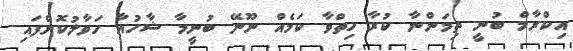
އިކްރާމް ބުނީ ތިމަންނާ ކުރާ ހިތްވާ ކަމެއް ނޫނޭ ބުނީމާ ޝާހުއާ ހަވާލުކޮށްފައި